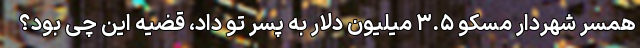
همسر شهردار مسکو ۳.۵ میلیون دلار به پسر تو داد، قضیه این چی بود؟